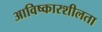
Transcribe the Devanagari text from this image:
आविष्कारशीलता